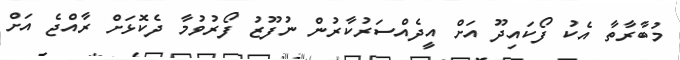
މުބާރާތާ އެކު ފޯކައިދޫ އަށް އީދެއްސަރުކާރުން ނުފޫޒު ފޯރުވުމާ ދެކޮޅަށް ރާއްޖެ އަށް